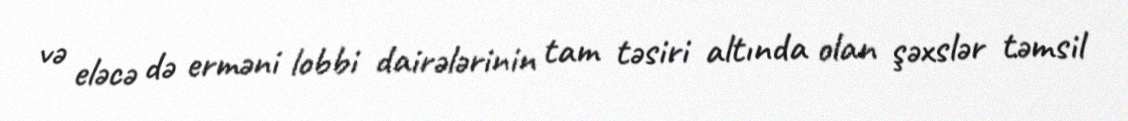
və eləcə də erməni lobbi dairələrinin tam təsiri altında olan şəxslər təmsil